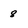
Character: 8